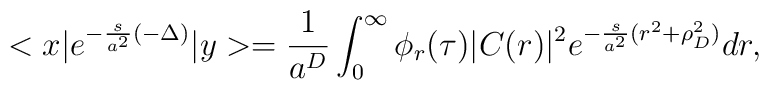
<x|e^{-\frac{s}{a^2}(-\Delta)}|y> = \frac{1}{a^D} \int_0^{\infty} \phi_r (\tau) |C(r)|^2e^{-\frac{s}{a^2}(r^2 + \rho_D^2)} dr,